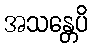
အသန္တေပိ